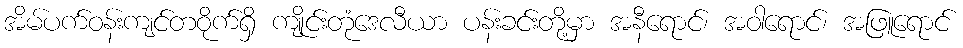
အိမ်ပက်ဝန်းကျင်တဝိုက်ရှိ ကျိုင်းတုံဒေလီယာ ပန်းခင်းတို့မှာ အနီရောင်၊ အဝါရောင်၊ အဖြူရောင်